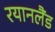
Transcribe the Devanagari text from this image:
रयानलैंड